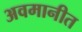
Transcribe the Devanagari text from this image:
अवमानीत